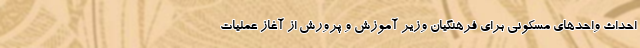
احداث واحدهای مسکونی برای فرهنگیان وزیر آموزش و پرورش از آغاز عملیات